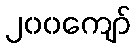
၂၀၀ကျော်